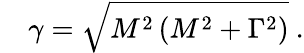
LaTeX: ~~~~\gamma={\sqrt{M^{2}\left(M^{2}+\Gamma^{2}\right)}}~.